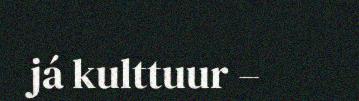
já kulttuur –